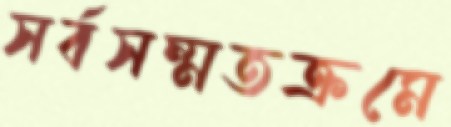
সর্বসম্মতক্রমে